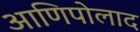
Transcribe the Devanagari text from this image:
आणिपोलाद